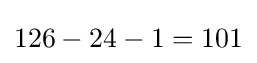
126-24-1=101